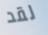
لقد